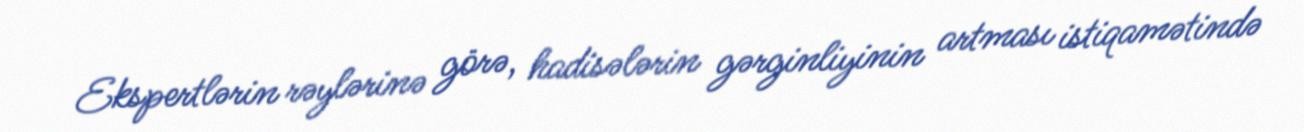
Ekspertlərin rəylərinə görə, hadisələrin gərginliyinin artması istiqamətində